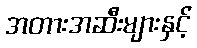
အတားအဆီးများနှင့်